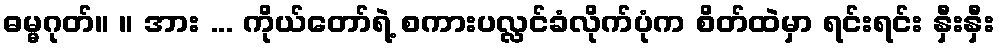
ဓမ္မဂုတ်။ ။ အား ... ကိုယ်တော်ရဲ့ စကားပလ္လင်ခံလိုက်ပုံက စိတ်ထဲမှာ ရင်းရင်း နှီးနှီး